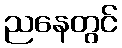
ညနေတွင်